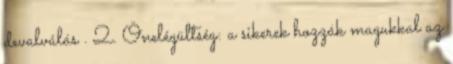
devalválás . 2. Önelégültség: a sikerek hozzák magukkal az